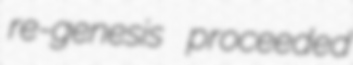
re-genesis proceeded